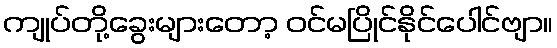
ကျုပ်တို့ခွေးများတော့ ဝင်မပြိုင်နိုင်ပေါင်ဗျာ။